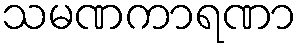
သမဏကာရဏာ